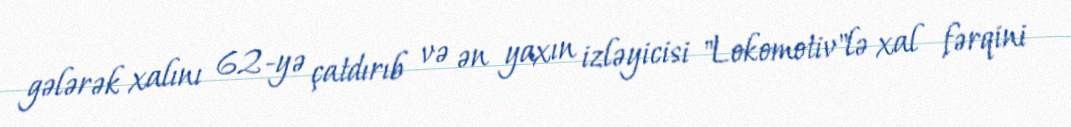
gələrək xalını 62-yə çatdırıb və ən yaxın izləyicisi "Lokomotiv"lə xal fərqini